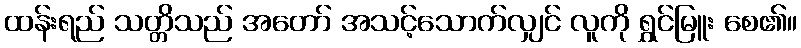
ထန်းရည် သတ္တိသည် အတော် အသင့်သောက်လျှင် လူကို ရွှင်မြူး စေ၏။